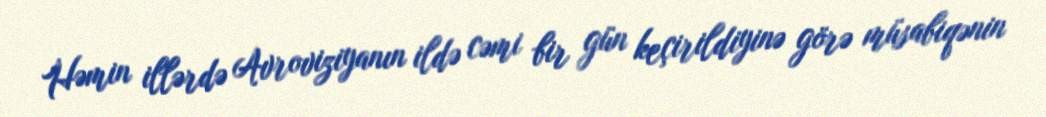
Həmin illərdə Avroviziyanın ildə cəmi bir gün keçirildiyinə görə müsabiqənin